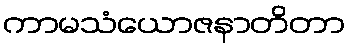
ကာမသံယောဇနာတိတာ